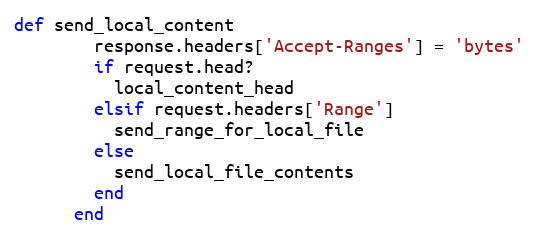
Language: Ruby
def send_local_content
        response.headers['Accept-Ranges'] = 'bytes'
        if request.head?
          local_content_head
        elsif request.headers['Range']
          send_range_for_local_file
        else
          send_local_file_contents
        end
      end